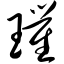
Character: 璀